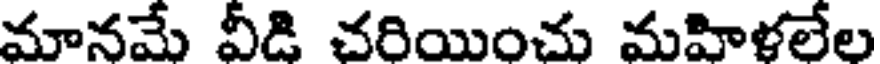
మానమే వీడి చరియించు మహిళలేల